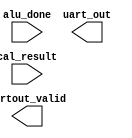
module encoder(
    input alu_done,
    input [31:0] cal_result,
    output [7:0] uart_out,
    output uartout_valid
);

endmodule